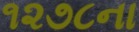
૧૨૭૮ના